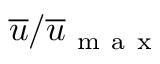
\overline { { u } } / \overline { { u } } _ { \mathrm { ~ m ~ a ~ x ~ } }